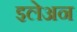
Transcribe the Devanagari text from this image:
इलेअन